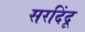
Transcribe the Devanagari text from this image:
सरदिंदू